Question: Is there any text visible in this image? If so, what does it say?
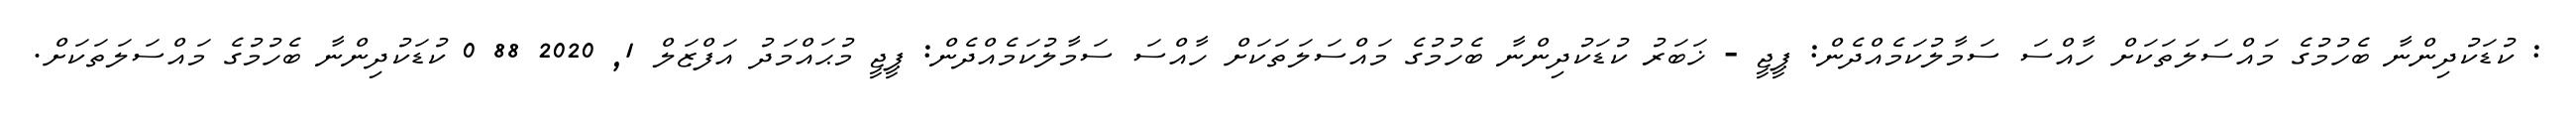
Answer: : ކުޑަކުދިންނާ ބެހުމުގެ މައްސަލަތަކަށް ހާއްސަ ސަމާލުކަމެއްދެން: ޕީޖީ - ޚަބަރު ކުޑަކުދިންނާ ބެހުމުގެ މައްސަލަތަކަށް ހާއްސަ ސަމާލުކަމެއްދެން: ޕީޖީ މުޙައްމަދު އަފްޒަލް 1, 2020 88 0 ކުޑަކުދިންނާ ބެހުމުގެ މައްސަލަތަކަށް.